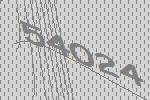
54024